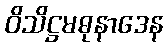
ဝိသိဋ္ဌမဓုနာဒေန